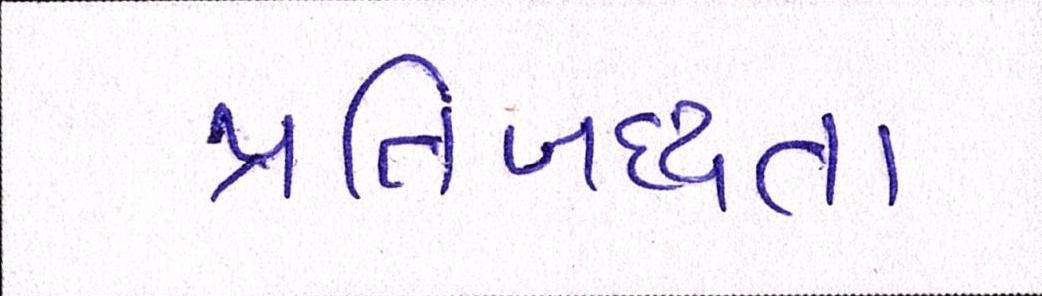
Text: પ્રતિબદ્ધતા